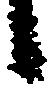
候